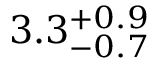
3 . 3 _ { - 0 . 7 } ^ { + 0 . 9 }